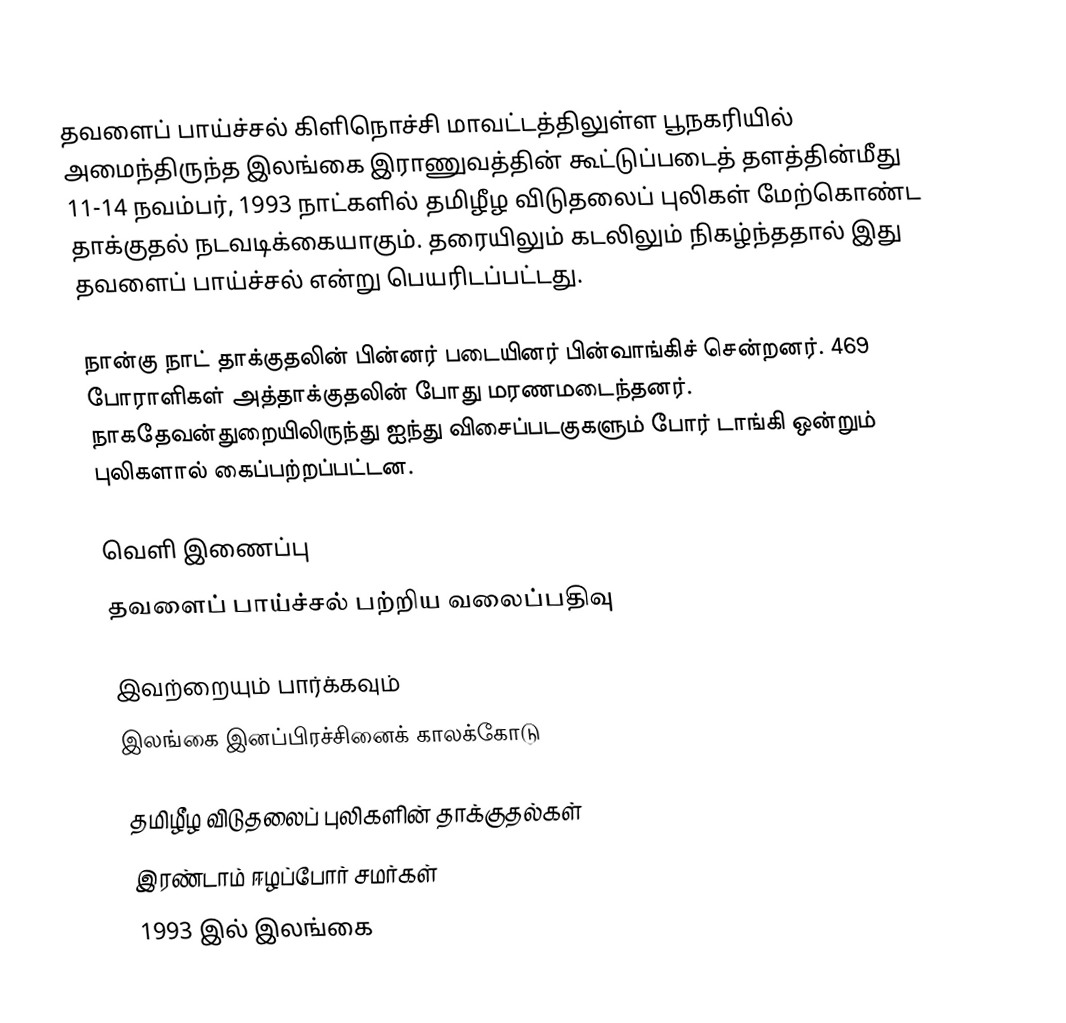
தவளைப் பாய்ச்சல் கிளிநொச்சி மாவட்டத்திலுள்ள பூநகரியில் அமைந்திருந்த இலங்கை இராணுவத்தின் கூட்டுப்படைத் தளத்தின்மீது 11-14 நவம்பர், 1993 நாட்களில் தமிழீழ விடுதலைப் புலிகள் மேற்கொண்ட தாக்குதல் நடவடிக்கையாகும். தரையிலும் கடலிலும் நிகழ்ந்ததால் இது தவளைப் பாய்ச்சல் என்று பெயரிடப்பட்டது.

நான்கு நாட் தாக்குதலின் பின்னர் படையினர் பின்வாங்கிச் சென்றனர். 469 போராளிகள் அத்தாக்குதலின் போது மரணமடைந்தனர். நாகதேவன்துறையிலிருந்து ஐந்து விசைப்படகுகளும் போர் டாங்கி ஒன்றும் புலிகளால் கைப்பற்றப்பட்டன.

வெளி இணைப்பு
 தவளைப் பாய்ச்சல் பற்றிய வலைப்பதிவு

இவற்றையும் பார்க்கவும்
 இலங்கை இனப்பிரச்சினைக் காலக்கோடு

தமிழீழ விடுதலைப் புலிகளின் தாக்குதல்கள்
இரண்டாம் ஈழப்போர் சமர்கள்
1993 இல் இலங்கை